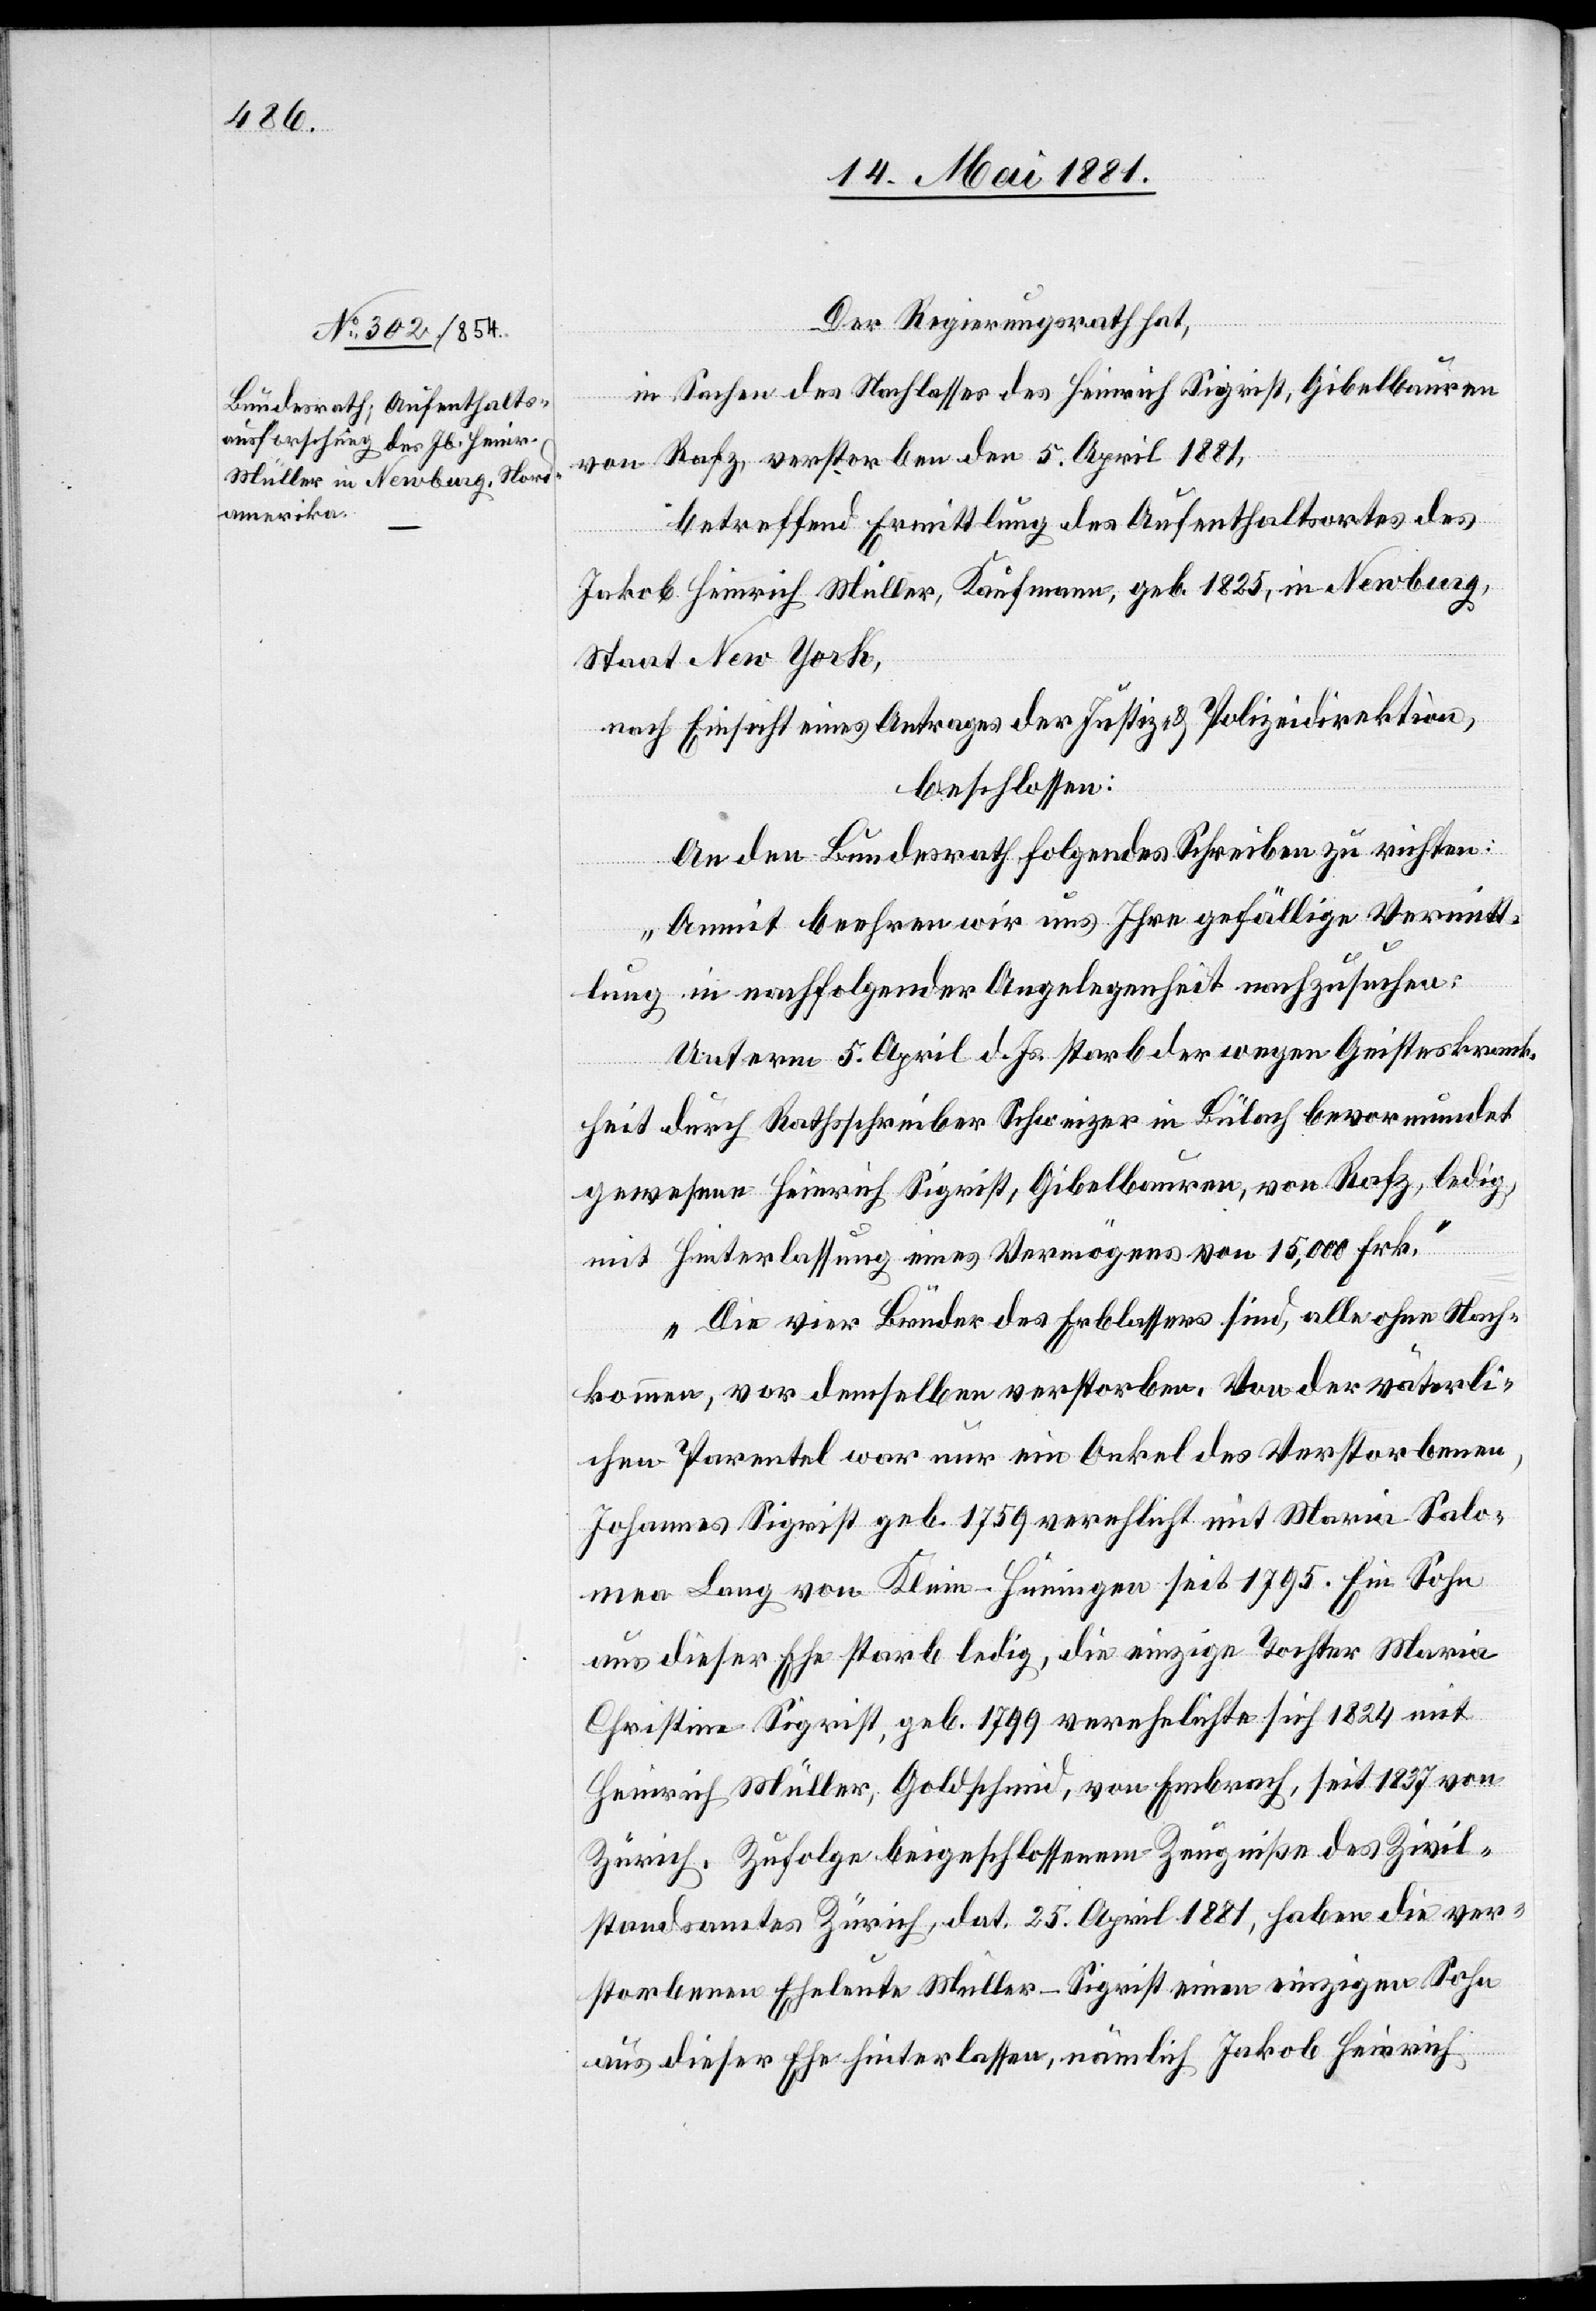
Der Regierungsrath hat,
in Sachen des Nachlasses des Heinrich Sigrist, Gibelbauren
von Rafz, verstorben den 5. April 1881,
betreffend Ermittlung des Aufenthaltsortes des
Jakob Heinrich Müller, Kaufmann, geb. 1825, in Newburg,
Staat New York,
nach Einsicht eines Antrages der Justiz- & Polizeidirektion,
beschlossen:
An den Bundesrath folgendes Schreiben zu richten:
„Damit beehren wir uns Ihre gefällige Vermitt¬
lung in nachfolgender Angelegenheit nachzusuchen:
Unterm 5. April d. Js. starb der wegen Geisteskrank¬
heit durch Rathsschreiber Schweizer in Bülach bevormundet
gewesenen Heinrich Sigrist, Gibelbauren, von Rafz, ledig,
mit Hinterlassung eines Vermögens von 15,000 Frk.
Die vier Brüder des Erblassers sind, alle ohne Nach¬
kommen, vor demselben verstorben. Von der väterli¬
chen Parentel war nur ein Onkel des Verstorbenen,
Johannes Sigrist, geb. 1759 verehlicht mit Maria-Salo¬
mea Lang von Klein-Hüningen seit 1795. Ein Sohn
aus dieser Ehe starb ledig, die einzige Tochter Maria
Christine Sigrist, geb. 1799 verehlichte sich 1824 mit
Heinrich Müller, Goldschmied, von Embrach, sei 1837 von
Zürich. Zufolge beigeschlossenem Zeugniße des Zivil¬
standsamtes Zürich, dat. 25. April 1881, haben die ver¬
storbenen Eheleute Müller-Sigrist einen einzigen Sohn
aus dieser Ehe hinterlassen, nämlich Jakob Heinrich